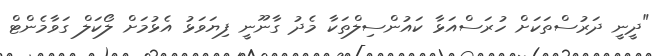
"ދީނީ ދަރުސްތަކަށް ހުރަސްއަޅާ ކައުންސިލްތަކާ މެދު ގާނޫނީ ފިޔަވަޅު އެޅުމަށް ލޯކަލް ގަވާމެންޓް